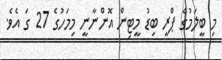
މި ބީލަމުގެ ޕްރީ ބިޑު މީޓިން އޮންނާނީ މިމަހުގެ 27 ގަ އެވެ.